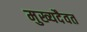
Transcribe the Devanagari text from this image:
मुख्यदैवत